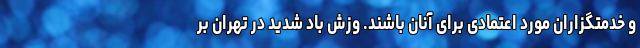
و خدمتگزاران مورد اعتمادی برای آنان باشند. وزش باد شدید در تهران بر